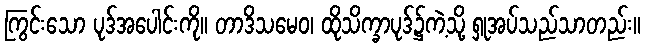
ကြွင်းသော ပုဒ်အပေါင်းကို။ တာဒိသမေဝ၊ ထိုသိက္ခာပုဒ်၌ကဲ့သို့ ရှုအပ်သည်သာတည်း။